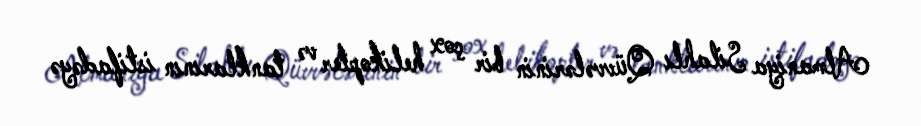
Almaniya Silahlı Qüvvələrinin bir çox helikopter və tanklarının istifadəyə